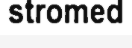
stromed